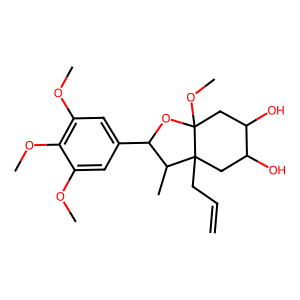
SMILES: C=CCC12CC(O)C(O)CC1(OC)OC(c1cc(OC)c(OC)c(OC)c1)C2C
Inhibits HIV replication: No